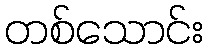
တစ်သောင်း